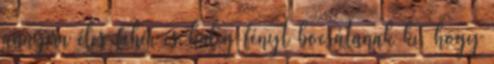
annyira éles fehér és hideg fényt bocsátanak ki, hogy